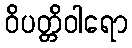
ဝိပတ္တိဝါရော